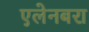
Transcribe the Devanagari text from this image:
एलेनबरा